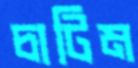
চাটিম